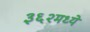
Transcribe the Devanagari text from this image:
३६२मध्ये